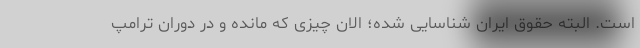
است. البته حقوق ایران شناسایی شده؛ الان چیزی که مانده و در دوران ترامپ